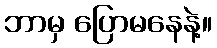
ဘာမှ ပြောမနေနဲ့။